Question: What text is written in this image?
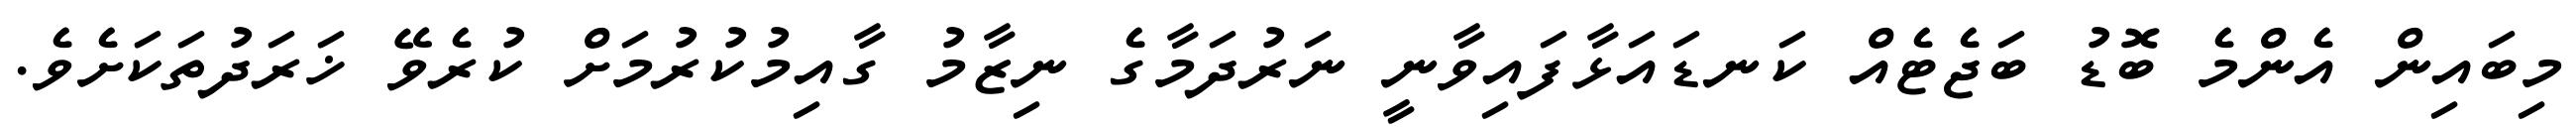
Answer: މިބައިން އެންމެ ބޮޑު ބަޖެޓެއް ކަނޑައަޅާފައިވާނީ ނަރުދަމާގެ ނިޒާމު ގާއިމުކުރުމަށް ކުރެވޭ ޚަރަދުތަކަށެވެ.